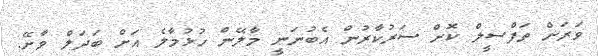
ވަރަށް ތަފްސީލް ކޮށް ސަރުކާރުން އެބުނަނީ މާލޭން ހުޅުމާލެ އަށް ބަދަލް ވާށޭ.